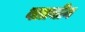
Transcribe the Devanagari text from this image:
बातचीन